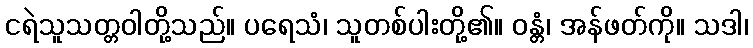
ငရဲသူသတ္တဝါတို့သည်။ ပရေသံ၊ သူတစ်ပါးတို့၏။ ဝန္တံ၊ အန်ဖတ်ကို။ သဒါ၊